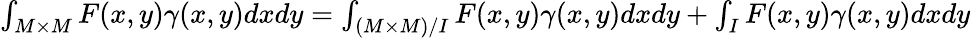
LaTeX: \begin{array}{rl}{\int_{M\times M}F(x,y)\gamma(x,y)dxdy=\int_{(M\times M)/I}F(x,y)\gamma(x,y)dxdy+\int_{I}F(x,y)\gamma(x,y)dxdy}\end{array}